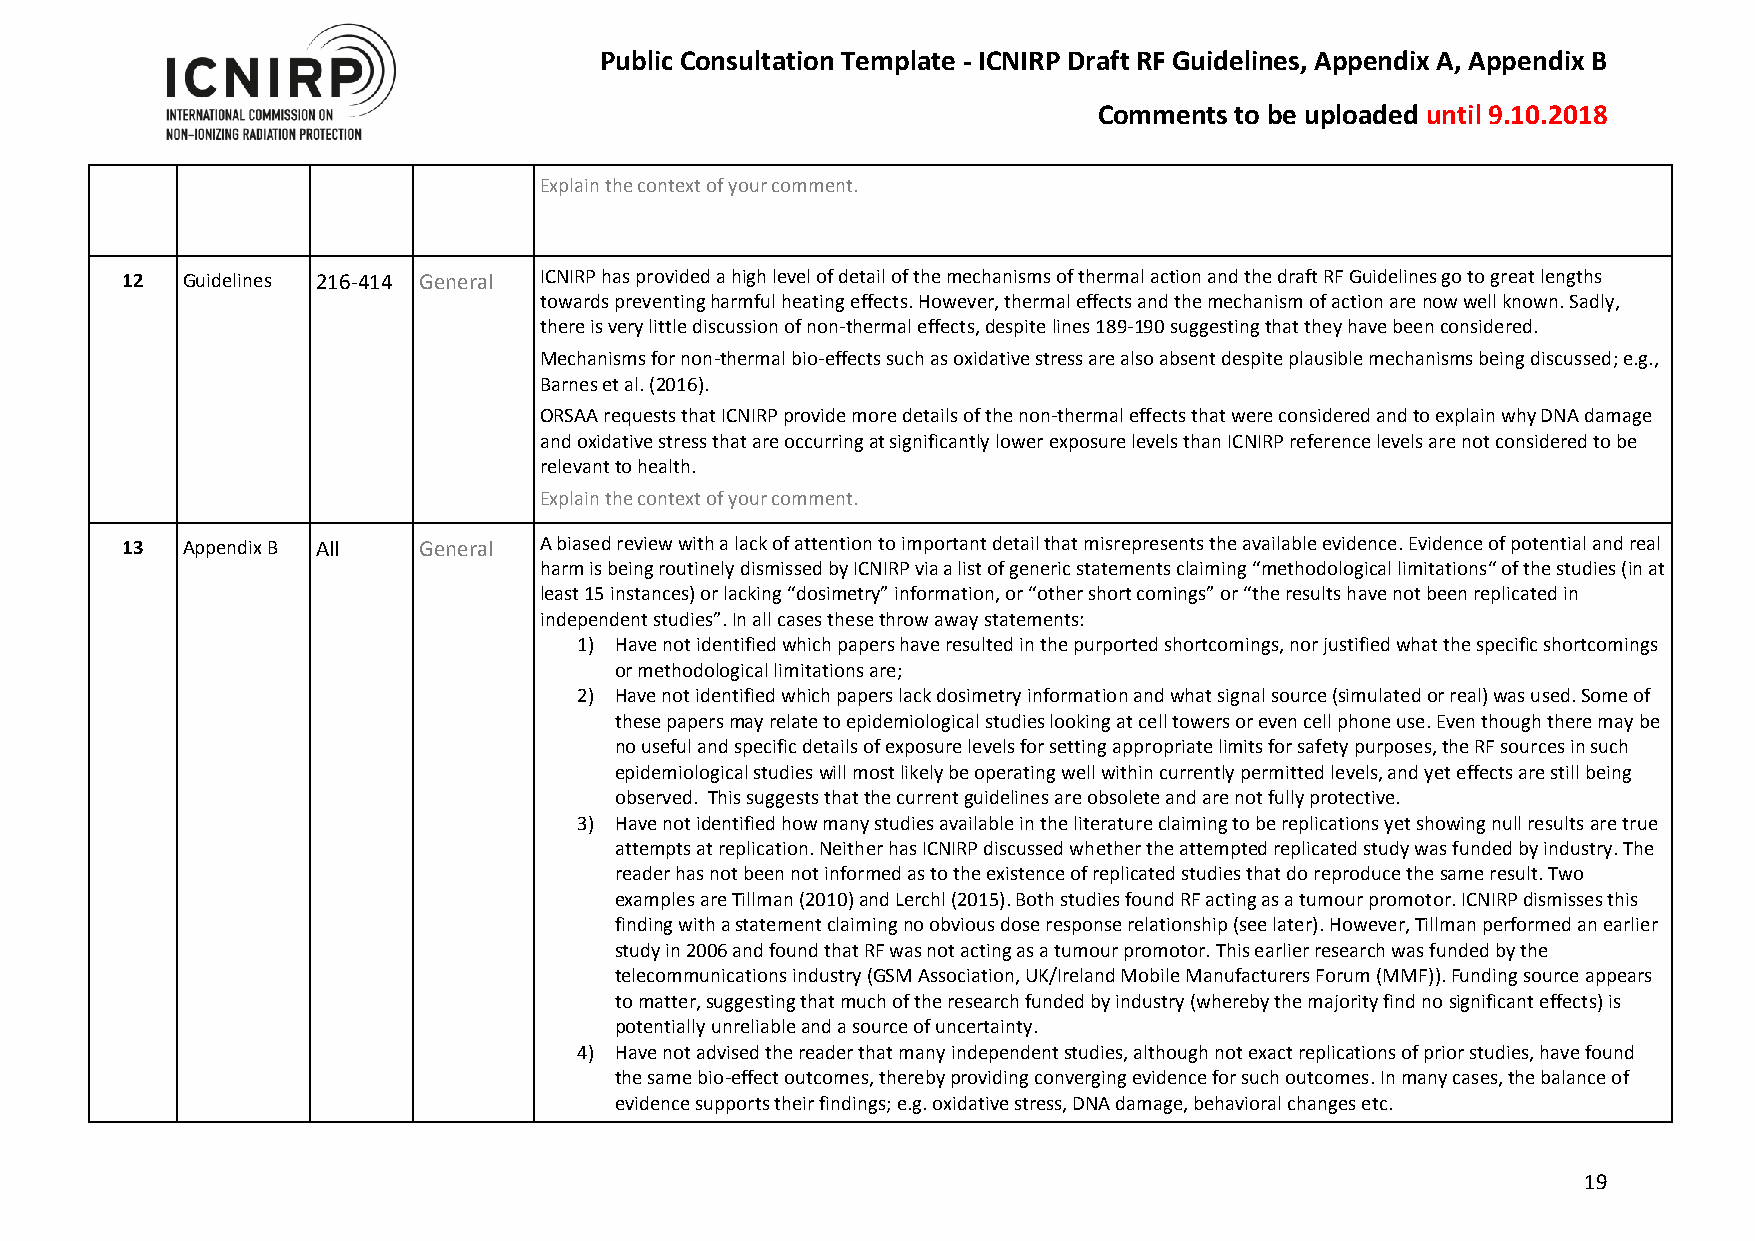
Public Consultation Template - ICNIRP Draft RF Guidelines, Appendix A, Appendix B
 Comments to be uploaded until 9.10.2018
 Explain the context of your comment.
 12  Guidelines 216-414 General ICNIRP has provided a high level of detail of the mechanisms of thermal action and the draft RF Guidelines go to great lengths
 towards preventing harmful heating effects. However, thermal effects and the mechanism of action are now well known. Sadly,
 there is very little discussion of non-thermal effects, despite lines 189-190 suggesting that they have been considered.
 Mechanisms for non-thermal bio-effects such as oxidative stress are also absent despite plausible mechanisms being discussed; e.g.,
 Barnes et al. (2016).
 ORSAA requests that ICNIRP provide more details of the non-thermal effects that were considered and to explain why DNA damage
 and oxidative stress that are occurring at significantly lower exposure levels than ICNIRP reference levels are not considered to be
 relevant to health.
 Explain the context of your comment.
 13  Appendix B All  General A biased review with a lack of attention to important detail that misrepresents the available evidence. Evidence of potential and real
 harm is being routinely dismissed by ICNIRP via a list of generic statements claiming “methodological limitations“ of the studies (in at
 least 15 instances) or lacking “dosimetry” information, or “other short comings” or “the results have not been replicated in
 independent studies”. In all cases these throw away statements:
 1) Have not identified which papers have resulted in the purported shortcomings, nor justified what the specific shortcomings
 or methodological limitations are;
 2) Have not identified which papers lack dosimetry information and what signal source (simulated or real) was used. Some of
 these papers may relate to epidemiological studies looking at cell towers or even cell phone use. Even though there may be
 no useful and specific details of exposure levels for setting appropriate limits for safety purposes, the RF sources in such
 epidemiological studies will most likely be operating well within currently permitted levels, and yet effects are still being
 observed. This suggests that the current guidelines are obsolete and are not fully protective.
 3) Have not identified how many studies available in the literature claiming to be replications yet showing null results are true
 attempts at replication. Neither has ICNIRP discussed whether the attempted replicated study was funded by industry. The
 reader has not been not informed as to the existence of replicated studies that do reproduce the same result. Two
 examples are Tillman (2010) and Lerchl (2015). Both studies found RF acting as a tumour promotor. ICNIRP dismisses this
 finding with a statement claiming no obvious dose response relationship (see later). However, Tillman performed an earlier
 study in 2006 and found that RF was not acting as a tumour promotor. This earlier research was funded by the
 telecommunications industry (GSM Association, UK/Ireland Mobile Manufacturers Forum (MMF)). Funding source appears
 to matter, suggesting that much of the research funded by industry (whereby the majority find no significant effects) is
 potentially unreliable and a source of uncertainty.
 4) Have not advised the reader that many independent studies, although not exact replications of prior studies, have found
 the same bio-effect outcomes, thereby providing converging evidence for such outcomes. In many cases, the balance of
 evidence supports their findings; e.g. oxidative stress, DNA damage, behavioral changes etc.
 19